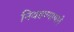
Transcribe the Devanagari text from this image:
निवडण्यामागे